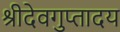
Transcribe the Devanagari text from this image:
श्रीदेवगुप्तादय